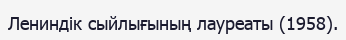
Лениндік сыйлығының лауреаты (1958).